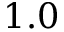
1 . 0